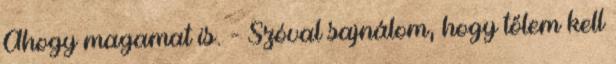
Ahogy magamat is. - Szóval sajnálom, hogy tőlem kell